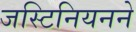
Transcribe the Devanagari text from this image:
जस्टिनियनने